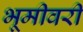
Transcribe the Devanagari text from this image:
भूमीवरी